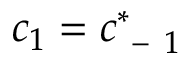
c _ { 1 } = c _ { \mathrm { ~ - ~ } 1 } ^ { * }